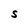
Character: S